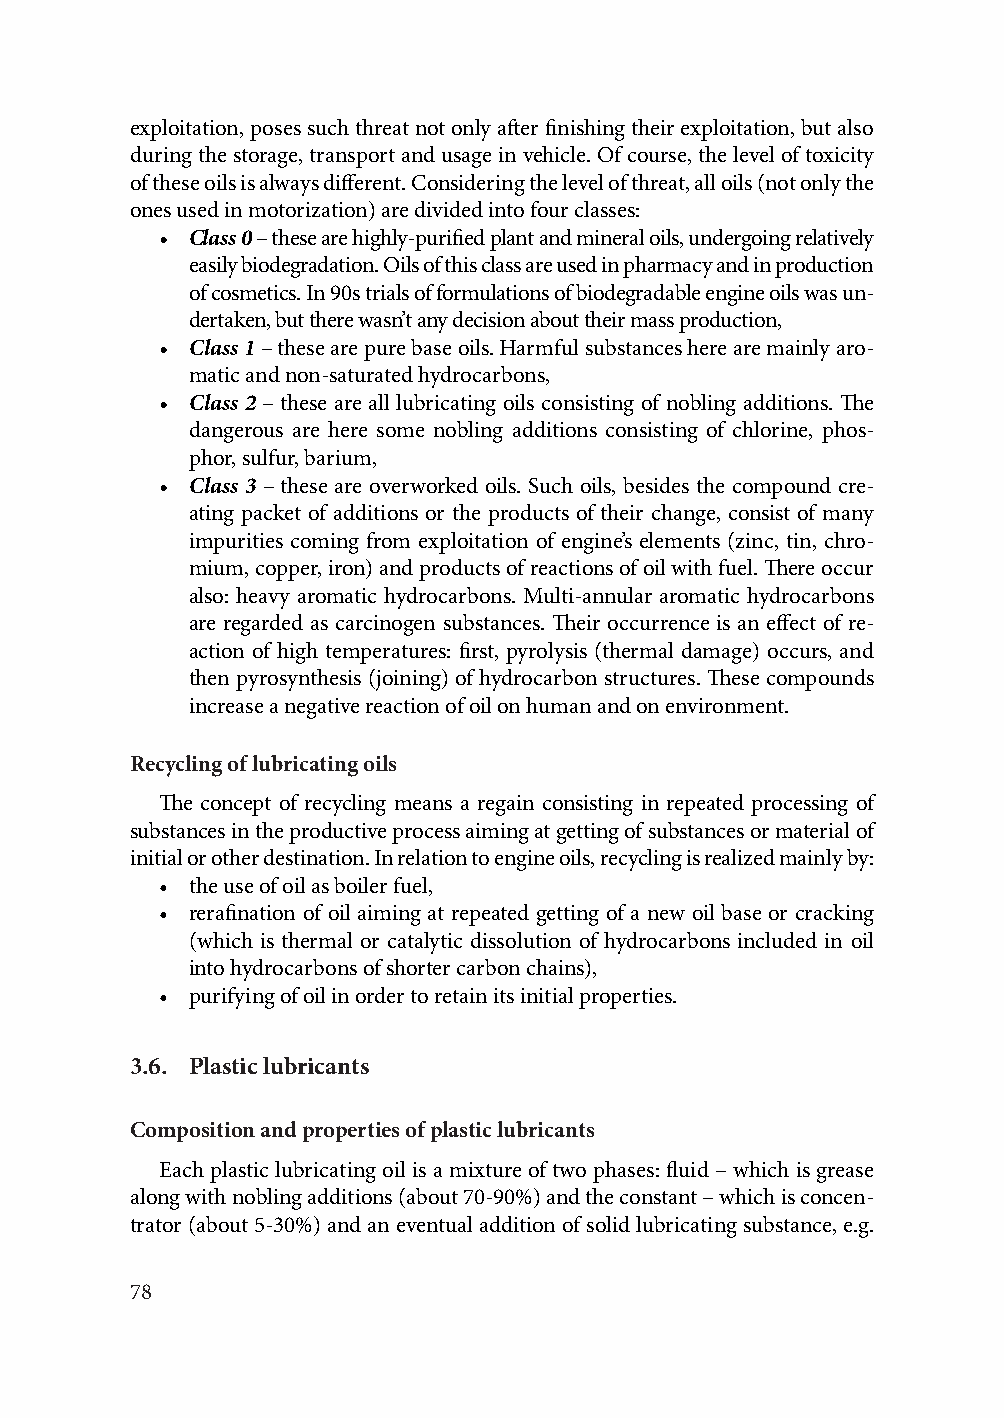
exploitation, poses such threat not only after finishing their exploitation, but also
 during the storage, transport and usage in vehicle. Of course, the level of toxicity
 of these oils is always different. Considering the level of threat, all oils (not only the
 ones used in motorization) are divided into four classes:
 • Class 0 – these are highly-purified plant and mineral oils, undergoing relatively
 easily biodegradation. Oils of this class are used in pharmacy and in production
 of cosmetics. In 90s trials of formulations of biodegradable engine oils was un-
 dertaken, but there wasn’t any decision about their mass production,
 • Class 1 – these are pure base oils. Harmful substances here are mainly aro-
 matic and non-saturated hydrocarbons,
 • Class 2 – these are all lubricating oils consisting of nobling additions. The
 dangerous are here some nobling additions consisting of chlorine, phos-
 phor, sulfur, barium,
 • Class 3 – these are overworked oils. Such oils, besides the compound cre-
 ating packet of additions or the products of their change, consist of many
 impurities coming from exploitation of engine’s elements (zinc, tin, chro-
 mium, copper, iron) and products of reactions of oil with fuel. There occur
 also: heavy aromatic hydrocarbons. Multi-annular aromatic hydrocarbons
 are regarded as carcinogen substances. Their occurrence is an effect of re-
 action of high temperatures: first, pyrolysis (thermal damage) occurs, and
 then pyrosynthesis (joining) of hydrocarbon structures. These compounds
 increase a negative reaction of oil on human and on environment.
 Recycling of lubricating oils
 The concept of recycling means a regain consisting in repeated processing of
 substances in the productive process aiming at getting of substances or material of
 initial or other destination. In relation to engine oils, recycling is realized mainly by:
 • the use of oil as boiler fuel,
 • rerafination of oil aiming at repeated getting of a new oil base or cracking
 (which is thermal or catalytic dissolution of hydrocarbons included in oil
 into hydrocarbons of shorter carbon chains),
 • purifying of oil in order to retain its initial properties.
 3.6. Plastic lubricants
 Composition and properties of plastic lubricants
 Each plastic lubricating oil is a mixture of two phases: fluid – which is grease
 along with nobling additions (about 70-90%) and the constant – which is concen-
 trator (about 5-30%) and an eventual addition of solid lubricating substance, e.g.
 78